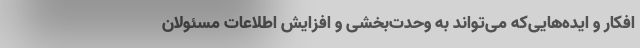
افکار و ایده‌هایی‌که می‌تواند به وحدت‌بخشی و افزایش اطلاعات مسئولان